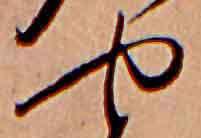
や